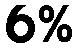
6%